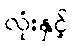
လုံးနှင့်